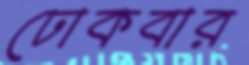
ঢোকবার